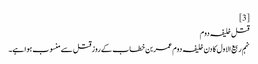
[3]
قتل خلیفہ دوم
نہم ربیع‌ الاول کا دن خلیفہ دوم عمر بن خطاب کے روز قتل سے منسوب ہوا ہے۔